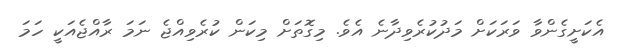
އެކަށީގެންވާ ވަރަކަށް މަދުކުރެވިދާނެ އެވެ. މިގޮތަށް މިކަން ކުރެވިއްޖެ ނަމަ ރާއްޖެއަކީ ހަމަ